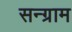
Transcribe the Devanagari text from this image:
सन्ग्राम